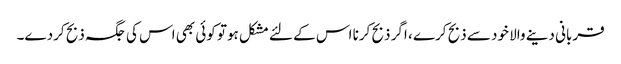
قربانی دینے والا خود سے ذبح کرے ، اگر ذبح کرنا اس کے لئے مشکل ہوتو کوئی بھی اس کی جگہ ذبح کردے۔